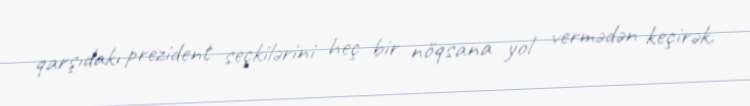
qarşıdakı prezident seçkilərini heç bir nöqsana yol vermədən keçirək.